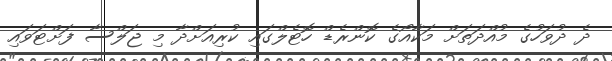
ދެ ދުވަހުގެ މުއްދަތަށް މަކާއޯގެ ކޮންރެޑް ހޮޓެލްގައި ކުރިއަށްދާ މި ޖަލްސާ ފަށްޓަވައި